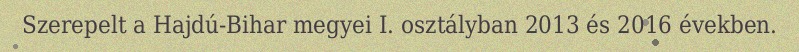
Szerepelt a Hajdú-Bihar megyei I. osztályban 2013 és 2016 években.